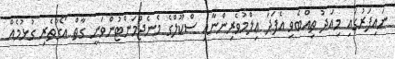
ނައިފަރުގައި މިއަދު ތިއްބެވި އެފަދަ ޢިލްމުވެރިންނާއި ސްކޫލްގެ މެނެޖްމަންޓުންވަނީ ގާތް އޯގާތެރި ގުޅުމެއް